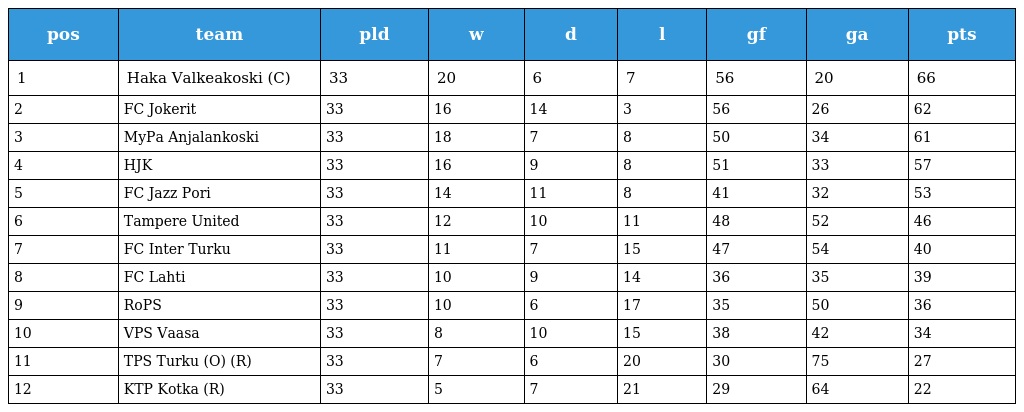
| pos | team | pld | w | d | l | gf | ga | pts |
 | --- | --- | --- | --- | --- | --- | --- | --- | --- |
 | 1 | Haka Valkeakoski (C) | 33 | 20 | 6 | 7 | 56 | 20 | 66 |
 | 2 | FC Jokerit | 33 | 16 | 14 | 3 | 56 | 26 | 62 |
 | 3 | MyPa Anjalankoski | 33 | 18 | 7 | 8 | 50 | 34 | 61 |
 | 4 | HJK | 33 | 16 | 9 | 8 | 51 | 33 | 57 |
 | 5 | FC Jazz Pori | 33 | 14 | 11 | 8 | 41 | 32 | 53 |
 | 6 | Tampere United | 33 | 12 | 10 | 11 | 48 | 52 | 46 |
 | 7 | FC Inter Turku | 33 | 11 | 7 | 15 | 47 | 54 | 40 |
 | 8 | FC Lahti | 33 | 10 | 9 | 14 | 36 | 35 | 39 |
 | 9 | RoPS | 33 | 10 | 6 | 17 | 35 | 50 | 36 |
 | 10 | VPS Vaasa | 33 | 8 | 10 | 15 | 38 | 42 | 34 |
 | 11 | TPS Turku (O) (R) | 33 | 7 | 6 | 20 | 30 | 75 | 27 |
 | 12 | KTP Kotka (R) | 33 | 5 | 7 | 21 | 29 | 64 | 22 |